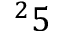
^ 2 5